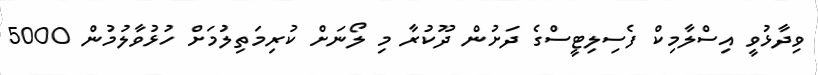
ވިދާޅުވީ އިސްލާމިކް ފެސިލިޓީސްގެ ދަށުން ދޫކުރާ މި ލޯނަށް ކުރިމަތިލުމަށް ހުޅުވާލުމުން 5000